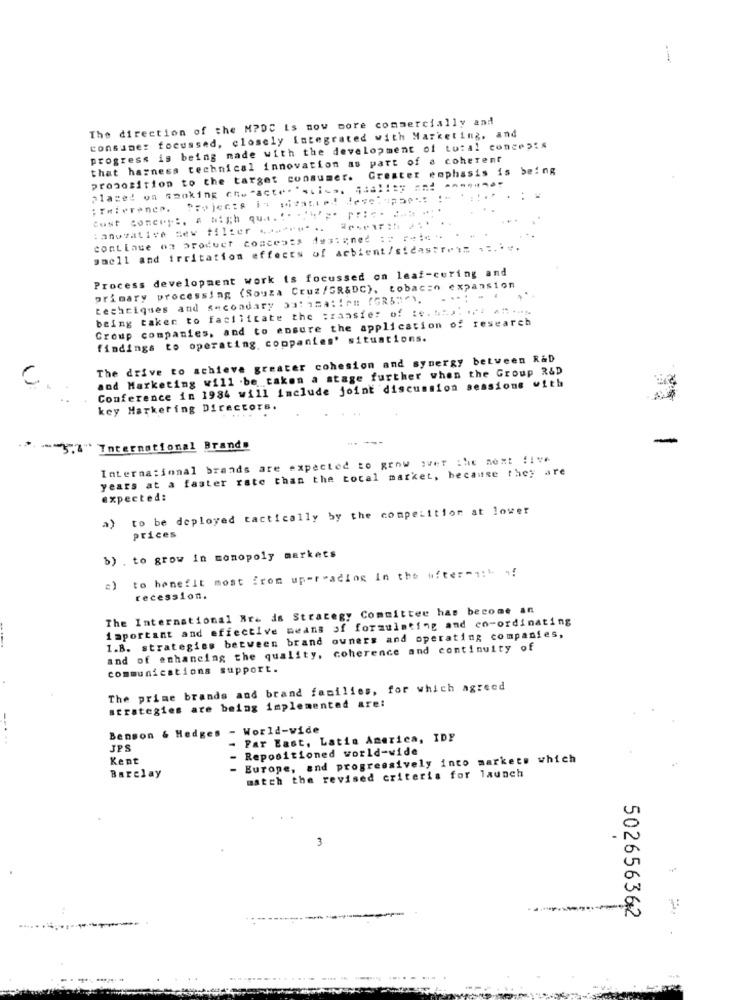
The direction of the MPDC is now more commercially and
consumer focussed, closely integrated with Marketing, and
progress is being made with the development of total concep:s
that harness technical innovation as part of a coherent
proposition to the target consumer. Greater emphasis is being
placed on sanking che"acte. stics, quality And """""
:anovative dev filter ( ,, """" ..
continue on product concepts designed :: :- i* *. . ..
gaell and irritation effects of acbient/sidastr.1= ==....
Process development work is focussed on leaf-coring and
primary processing (Souza Cruz/GR&DC), tobacon expansion
techniques and secondary Salima:im fGR53"). . ..; - 4
being taken to facilitate the transfer of te. .... ... ......
Group companies, and to ensure the application of research
findings to operating, coppanies' situations.
The drive to achieve greater cohesion and synergy between R&D
and Marketing will be taken a stage further when the Group R&D
C
Conference in 1984 will include joint discussion sessions with
key Marketing Directors.
-
.- }""" International Brand#
International brands are expected to grow over the next :1"*
years at a faster rate than the total market, because they are
expected:
a) to be deployed tactically by the competition at lower
prices
b) . to grow in monopoly markets
to benefit most from up-reading In the after-1:" "!
c)
recession.
The International Bra ds Strategy Committee has become an
important and effective means of formulating and co-ordinating
1.B. strategies between brand owners and operating companies,
and of enhancing the quality, coherence and continuity of
communications support.
The prime brands and brand families, for which agreed
strategies are being implemented are:
Benson & Hedges - World-wide
-...
- Far East, Latin America, IDF
JPS
- Repositioned world-wide
Kent
Europe, and progressively into markets which
match the revised criteria for launch
Barclay
3
502656362